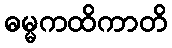
ဓမ္မကထိကာတိ